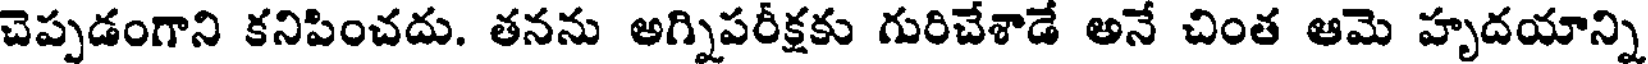
చెప్పడంగాని కనిపించదు. తనను అగ్నిపరీక్షకు గురిచేశాడే అనే చింత ఆమె హృదయాన్ని